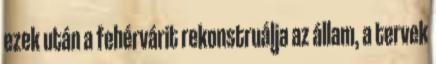
ezek után a fehérvárit rekonstruálja az állam, a tervek